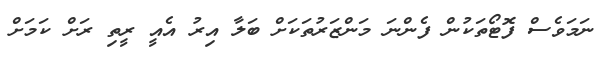
ނަމަވެސް ފޮޓޯތަކުން ފެންނަ މަންޒަރުތަކަށް ބަލާ އިރު އެއީ ރީތި ރަށް ކަމަށް